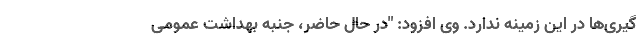
گیری‌ها در این زمینه ندارد. وی افزود: "در حال حاضر، جنبه بهداشت عمومی